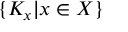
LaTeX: \{ K _ { x } | x \in X \}